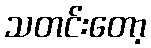
သတင်းတော့